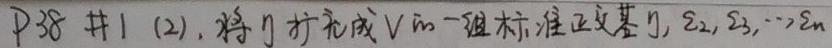
P38 #1 (2). 将 $\eta$ 扩充成 $V$ 的一组标准正交基 $\eta,\xi_2,\xi_3,\cdots,\xi_n$